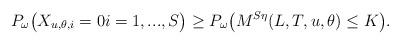
LaTeX: \begin{align*}P_{\omega}\big(X_{u,\theta,i}=0i=1,...,S\big)\geq P_{\omega}\big(M^{S\eta}(L,T,u,\theta)\leq K\big).\end{align*}